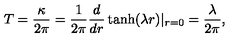
T = \frac { \kappa } { 2 \pi } = \frac { 1 } { 2 \pi } \frac { d } { d r } \tanh ( \lambda r ) | _ { r = 0 } = \frac { \lambda } { 2 \pi } ,